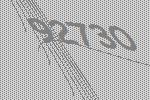
92730